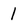
Character: I